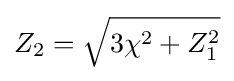
Z_{2}={\sqrt {3\chi ^{2}+Z_{1}^{2}}}